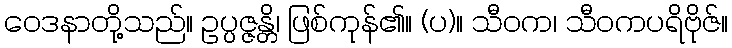
ဝေဒနာတို့သည်။ ဥပ္ပဇ္ဇန္တိ၊ ဖြစ်ကုန်၏။ (ပ)။ သီဝက၊ သီဝကပရိဗိုဇ်။